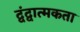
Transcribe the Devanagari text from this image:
द्वंद्वात्मकता